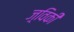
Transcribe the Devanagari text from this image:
ज़्विकी